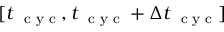
[ t _ { \mathrm { ~ \scriptsize ~ c ~ y ~ c ~ } } , t _ { \mathrm { ~ \scriptsize ~ c ~ y ~ c ~ } } + \Delta t _ { \mathrm { ~ \scriptsize ~ c ~ y ~ c ~ } } ]